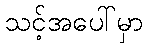
သင့်အပေါ်မှာ